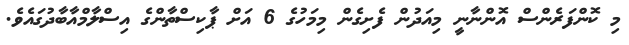
މި ކޮންފަރެންސް އޮންނާނީ މިއަދުން ފެށިގެން މިމަހުގެ 6 އަށް ޕާކިސްތާންގެ އިސްލާމްއާބާދުގައެވެ.